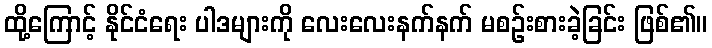
ထို့ကြောင့် နိုင်ငံရေး ပါဒများကို လေးလေးနက်နက် မစဉ်းစားခဲ့ခြင်း ဖြစ်၏။